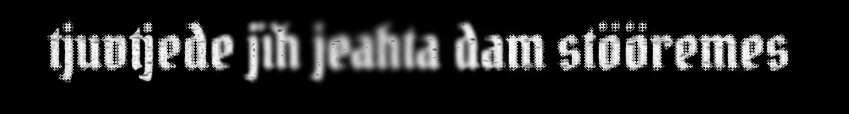
tjuvtjede jïh jeahta dam stööremes